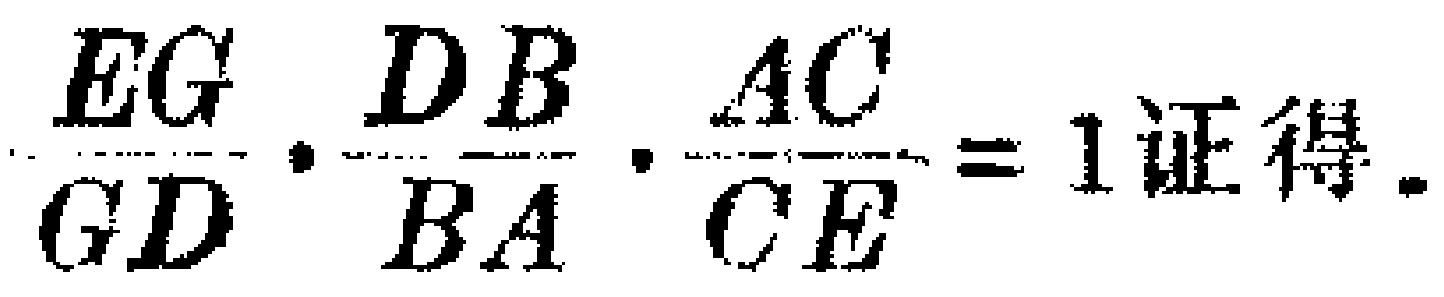
$\frac{EG}{GD}\cdot\frac{DB}{BA}\cdot\frac{AC}{CE}=1 证得.$